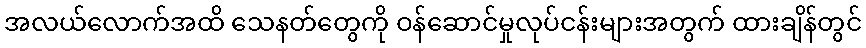
အလယ်လောက်အထိ သေနတ်တွေကို ဝန်ဆောင်မှုလုပ်ငန်းများအတွက် ထားချိန်တွင်